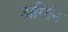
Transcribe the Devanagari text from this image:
अगिनि